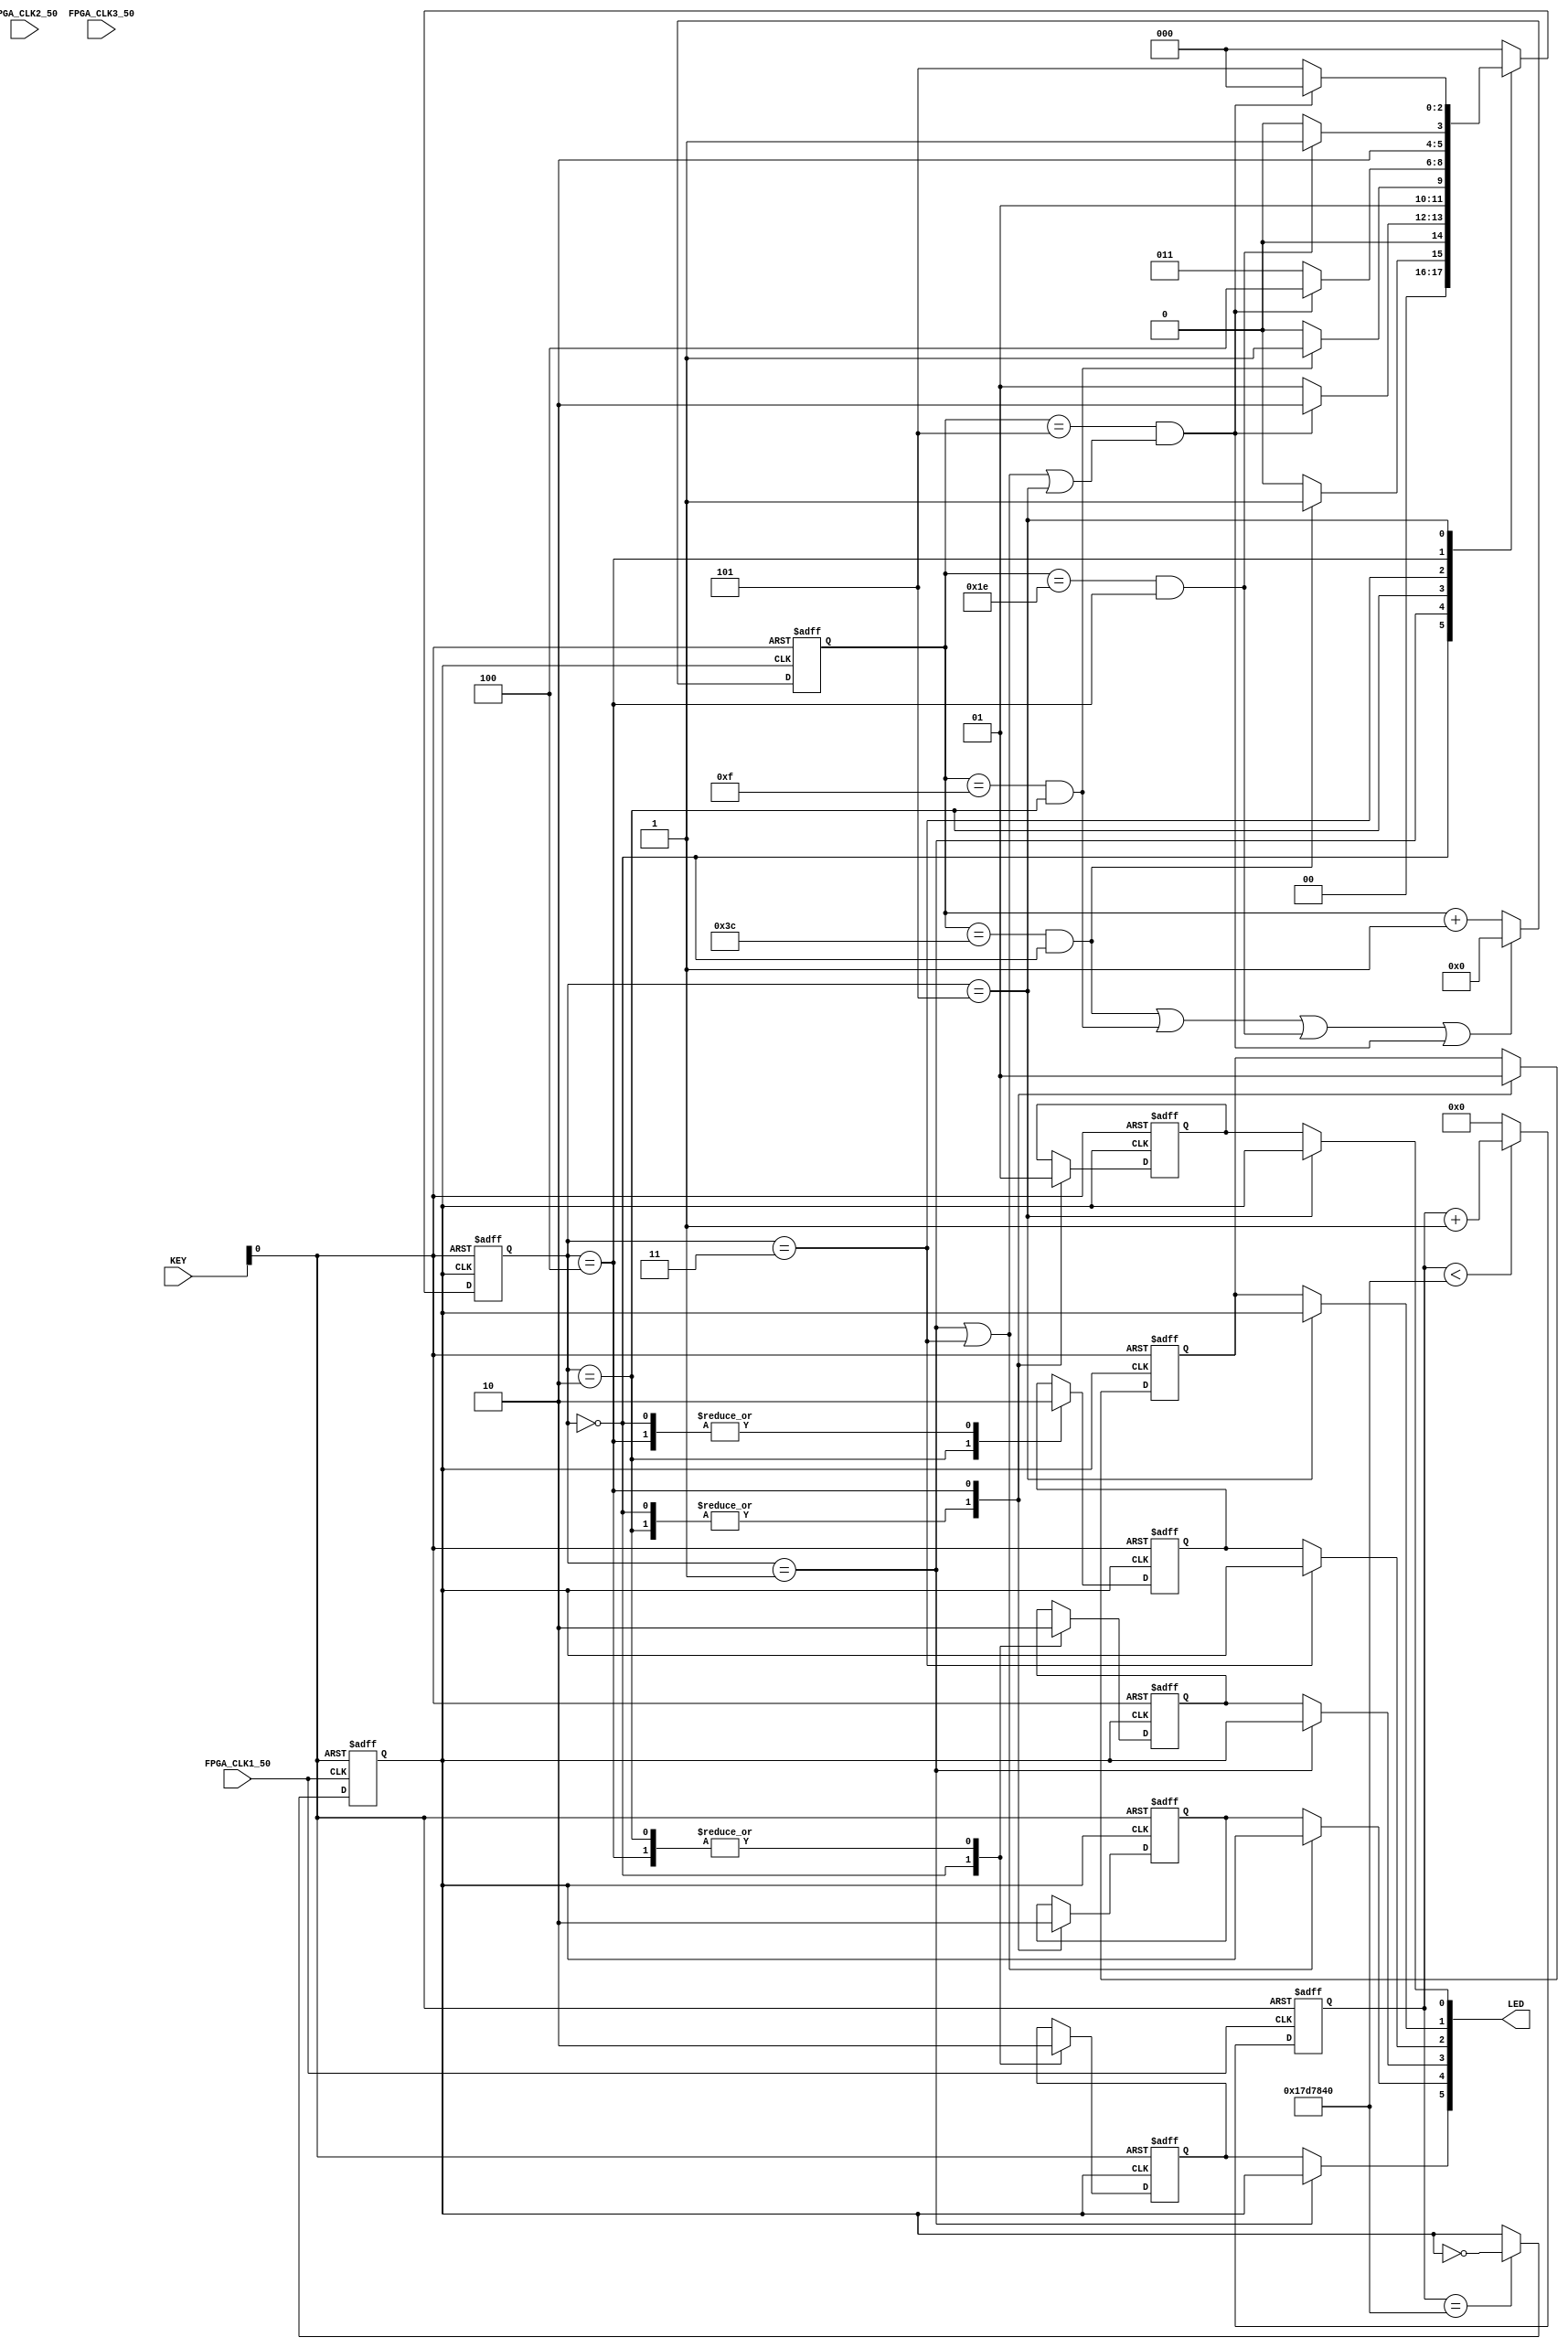

//=======================================================
//  This code is generated by Terasic System Builder
//=======================================================

`timescale 1ns/100ps
module traffic_signal(

	//////////// CLOCK //////////
	input 		          		FPGA_CLK1_50,
	input 		          		FPGA_CLK2_50,
	input 		          		FPGA_CLK3_50,

	//////////// KEY //////////
	input 		     [1:0]		KEY,

	//////////// LED //////////
	output		     [7:0]		LED
);


//=======================================================
//  REG/WIRE declarations
//=======================================================
reg        [5:0]         counter            ;
reg        [2:0]         state              ;
reg                      seconds_clk        ;
reg        [24:0]        seconds_counter    ;

wire                     time_done_mlk_main ;
wire                     time_done_mlk_left ;
wire                     time_done_lib_main ;
wire                     time_done_wait     ;
wire                     reset_counter      ;

wire                     mlk_road ;
wire                     mlk_left; 
wire                     lib_road;
wire                     ped_mlk; 
wire                     ped_lib1; 
wire                     ped_lib2;

reg                      mlk_road_s         ; 
reg                      mlk_left_s         ; 
reg                      lib_road_s         ; 

reg                      ped_mlk_s          ; 
reg                      ped_lib1_s         ; 
reg                      ped_lib2_s         ; 

assign clk=FPGA_CLK1_50;
assign reset_n = KEY[0];


parameter   MLK_MAIN         =0             ;
parameter   WAIT1            =1             ;
parameter   MLK_LEFT         =2             ;
parameter   WAIT2            =3             ;
parameter   LIB_MAIN         =4             ;
parameter   WAIT3            =5             ;

parameter   MLK_MAIN_TIME    =60            ;
parameter   MLK_LEFT_TIME    =15            ;
parameter   LIB_MAIN_TIME    =30            ;
parameter   ALL_WAIT_TIME    =05            ;

always @(posedge seconds_clk or negedge reset_n) begin
 if (!reset_n) begin
   mlk_road_s      <=    1'b0;
   mlk_left_s      <=    1'b0;
   lib_road_s      <=    1'b0;
   ped_mlk_s       <=    1'b0;
   ped_lib1_s      <=    1'b0;
   ped_lib2_s      <=    1'b0;
   state           <=    3'b0;
 end else begin 
   case(state)
           MLK_MAIN: begin
          	 mlk_road_s <=1'b1;
                 mlk_left_s <=1'b0;
                 lib_road_s <=1'b0;
                 ped_mlk_s  <=1'b0;
                 ped_lib1_s <=1'b1;
                 ped_lib2_s <=1'b1;

          	 if (time_done_mlk_main) begin 
          	     state<=WAIT1;
          	 end else begin 
                 	     state <=MLK_MAIN;
          	 end
           end
           WAIT1:begin

          	 if (time_done_wait) begin
          	     state<=MLK_LEFT;
          	 end else begin 
          	     state <=WAIT1;
          	 end

           end
           MLK_LEFT:begin
          	 mlk_road_s <=1'b0;
                 mlk_left_s <=1'b1;
                 lib_road_s <=1'b0;
                 ped_mlk_s  <=1'b0;
                 ped_lib1_s <=1'b1;
                 ped_lib2_s <=1'b0;

          	 if (time_done_mlk_left) begin
          	     state<=WAIT2;
          	 end else begin 
                       state <=MLK_LEFT;
          	 end
           end
           WAIT2:begin

          	 if (time_done_wait) begin
          	     state<=LIB_MAIN;
          	 end else begin 
          	     state <=WAIT2;
                 end
           end
           LIB_MAIN:begin
          	 mlk_road_s <=1'b0;
                 mlk_left_s <=1'b0;
                 lib_road_s <=1'b1;
                 ped_mlk_s  <=1'b1;
                 ped_lib1_s <=1'b0;
                 ped_lib2_s <=1'b0;

          	 if (time_done_lib_main) begin
          	     state<=WAIT3;
          	 end else begin 
                       state <=LIB_MAIN;
                 end
           end
           WAIT3:begin

          	 if (time_done_wait) begin
          	     state<=MLK_MAIN;
          	 end else begin 
         		state <=WAIT3;
                 end
           end
           default:state <=MLK_MAIN;
   endcase
 end
end

always @(posedge seconds_clk or negedge reset_n) begin
  if (!reset_n) begin
       counter <=6'b0;
  end else begin
       if (reset_counter)
	  counter <=6'b0;
       else begin
          counter <=counter +1'b1;
       end
  end
end

always @(posedge clk or negedge reset_n) begin
  if (!reset_n) begin
      seconds_counter     <='b0;
      seconds_clk         <='b0;
  end else begin
      if (seconds_counter <'d25000000)
         seconds_counter  <= seconds_counter +1'b1;
      else 
         seconds_counter  <='d0;

      if (seconds_counter =='d25000000)
         seconds_clk      <= !seconds_clk;
  end
end

assign reset_counter      = (time_done_mlk_main |time_done_mlk_left |time_done_lib_main |time_done_wait) ; 
assign time_done_mlk_main = (counter==MLK_MAIN_TIME) & (state==MLK_MAIN);
assign time_done_mlk_left = (counter==MLK_LEFT_TIME) & (state==MLK_LEFT);
assign time_done_lib_main = (counter==LIB_MAIN_TIME) & (state==LIB_MAIN);
assign time_done_wait     = (counter==ALL_WAIT_TIME) & ((state==WAIT1) | (state==WAIT2) | (state==WAIT3)) ;
assign wait1              = (state==WAIT1); 
assign wait2              = (state==WAIT2); 
assign wait3              = (state==WAIT3);

assign mlk_road           = wait1 ?seconds_clk:mlk_road_s;
assign mlk_left           = wait2 ?seconds_clk:mlk_left_s;
assign lib_road           = wait3 ?seconds_clk:lib_road_s;
assign ped_mlk            = wait3 ?seconds_clk:ped_mlk_s;
assign ped_lib1           = (wait1 |wait2) ?seconds_clk:ped_lib1_s;
assign ped_lib2           = wait1 ?seconds_clk:ped_lib2_s;

assign LED[5:0]={mlk_road,ped_lib1,ped_lib2,mlk_left,lib_road,ped_mlk};

endmodule